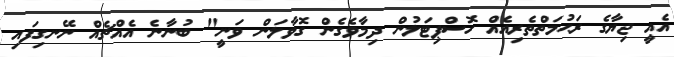
އެއީ ޖިޔާގެ ރަޙުމަތްތެރިއެއް ހޮސްޕިޓަލުން ދިމާވެގެން ގޮވާލަން ވަނީ" ބުނާނެ އެއްޗެއް ނޭނގިފައި